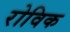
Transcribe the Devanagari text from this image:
रोविक